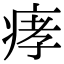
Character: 痚